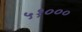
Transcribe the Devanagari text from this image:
५१०००